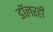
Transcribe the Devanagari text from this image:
डॉलरही